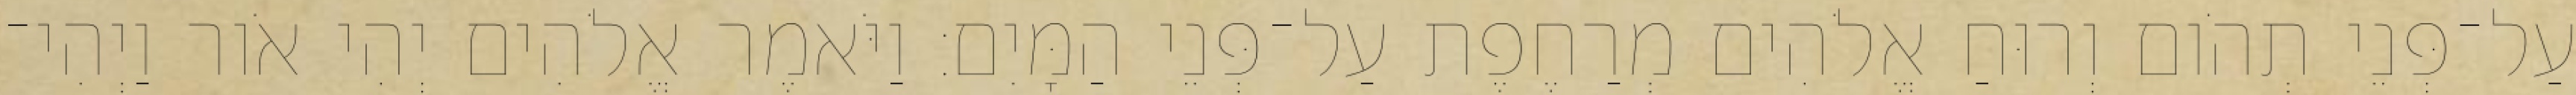
עַל־פְּנֵי תְהֹום וְרוּחַ אֱלֹהִים מְרַחֶפֶת עַל־פְּנֵי הַמָּיִם׃ וַיֹּאמֶר אֱלֹהִים יְהִי אֹור וַיְהִי־